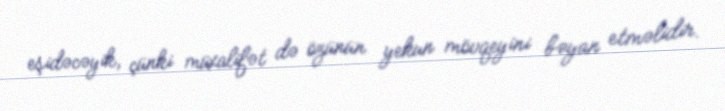
eşidəcəyik, çünki müxalifət də özünün yekun mövqeyini bəyan etməlidir.